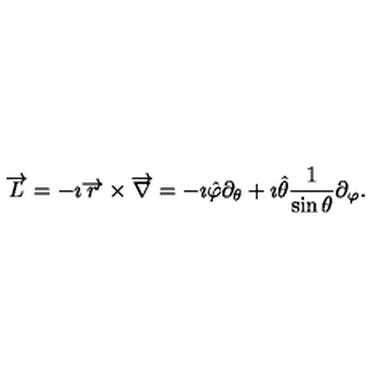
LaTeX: \overrightarrow { L } = - \imath \overrightarrow { r } \times \overrightarrow { \nabla } = - \imath \hat { \varphi } \partial _ { \theta } + \imath \hat { \theta } \frac { 1 } { \sin { \theta } } \partial _ { \varphi } .